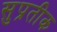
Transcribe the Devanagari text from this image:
सुप्रतीक